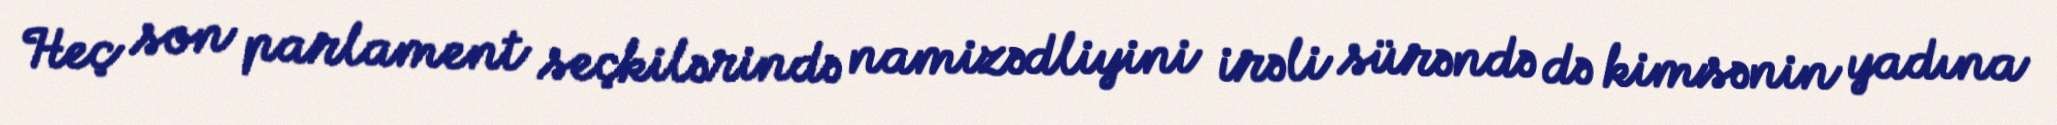
Heç son parlament seçkilərində namizədliyini irəli sürəndə də kimsənin yadına